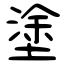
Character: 塗